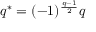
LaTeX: q ^ { * } = ( - 1 ) ^ { \frac { q - 1 } { 2 } } q